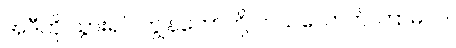
အဲဒီကို သွားရင် ကျွန်တော်တို့ ဘယ်လောက် ကြာမလဲ။